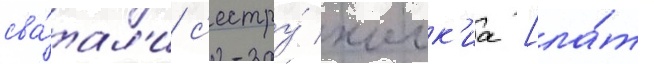
сва́тал'и с'естру́ холк'иа [ла́т.